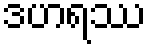
ဒဟရဿ